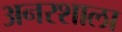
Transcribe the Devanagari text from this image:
अनरशाला